Jaan_Tonisson_(Lasteleht), lk 144
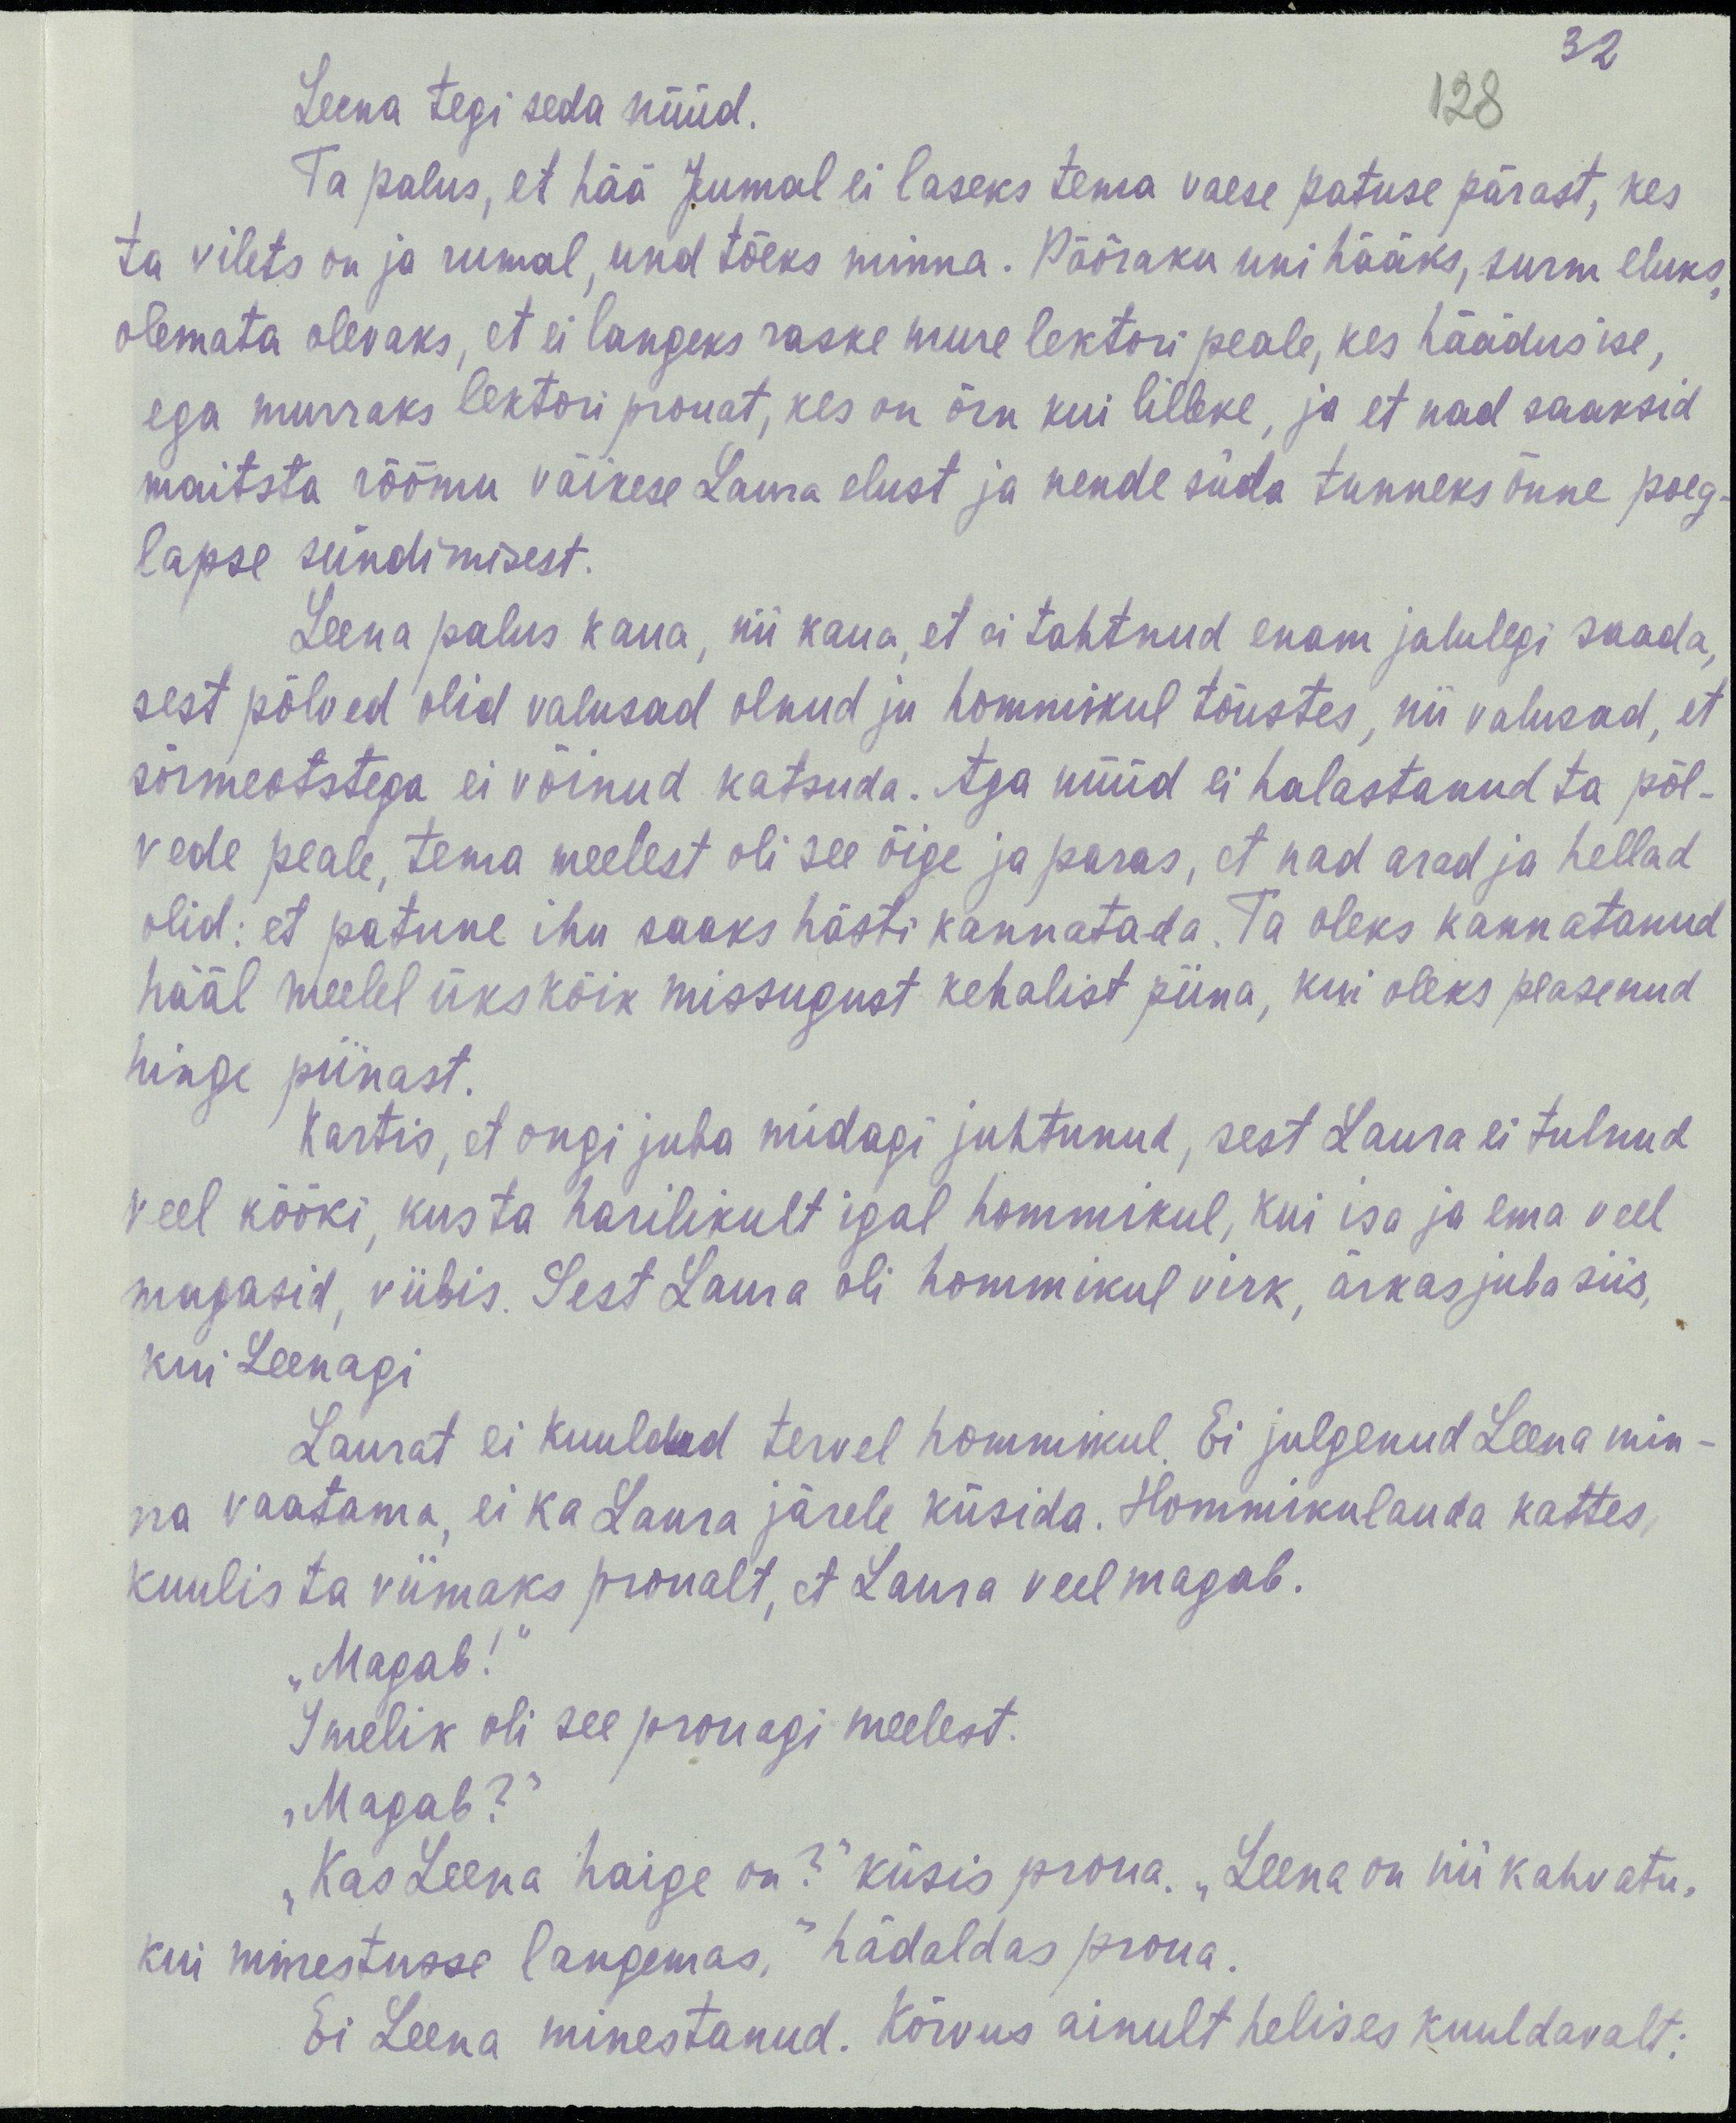
32
128
Leena tegi seda nüüd.
Ta palus, et hää Jumal ei laseks tema vaese patuse pärast, kes
ta vilets on ja rumal, und tõeks minna. Pööraku uni hääks, surm eluks,
olemata olevaks, et ei langeks raske mure lektori peale, kes häädus ise,
ega murraks lektori prouat, kes on õrn kui lilleke, ja et nad saaksid
maitsta rõõmu väikese Laura elust ja nende süda tunneks õnne poeg-
lapse sündimisest.
Leena palus kaua, nii kaua, et ei tahtnud enam jalulegi saada,
sest põlved olid valusad olnud ju hommikul tõustes, nii valusad, et
sõrmeotstega ei võinud katsuda. Aga nüüd ei halastanud ta põl-
vede peale, tema meelest oli see õige ja paras, et nad arad ja hellad
olid: et patune ihu saaks hästi kannatada. Ta oleks kannatanud
ääl meelel ükskõik missugust kehalist piina, kui oleks peasenud
hinge piinast.
Kartis, et ongi juba midagi juhtunud, sest Laura ei tulnud
veel kööki, kus ta harilikult igal hommikul, kui isa ja ema veel
magasid, viibis. Sest Laura oli hommikul virk, ärkas juba siis
kui Leenagi.
Laurast ei kuuldud tervel hommikul. Ei julgenud Leena min-
na vaatama, ei ka Laura järele küsida. Hommikulauda kattes
kuulis ta viimaks proualt, et Laura veel magab.
„Magab!"
Imelik oli see prouagi meelest.
„Magab?"
„Kas Leena haige on?" küsis proua. „Leena on nii kahvatu,
kui minestusse langemas." hädaldas proua.
Ei Leena minestanud. Kõrvus ainult helises kuuldavalt: